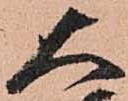
大